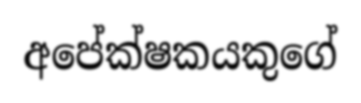
අපේක්ෂකයකුගේ